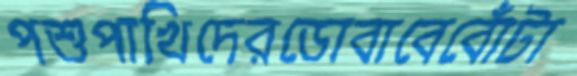
পশুপাখিদেরডোবাবেবোঁটা